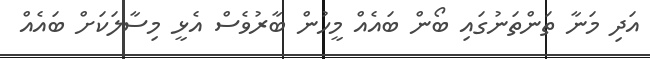
އަދި މަނާ ތަންތަނުގައި ބޯން ބައެއް މީހުން ބާރުވެސް އެޅީ މިސާލަކަށް ބައެއް